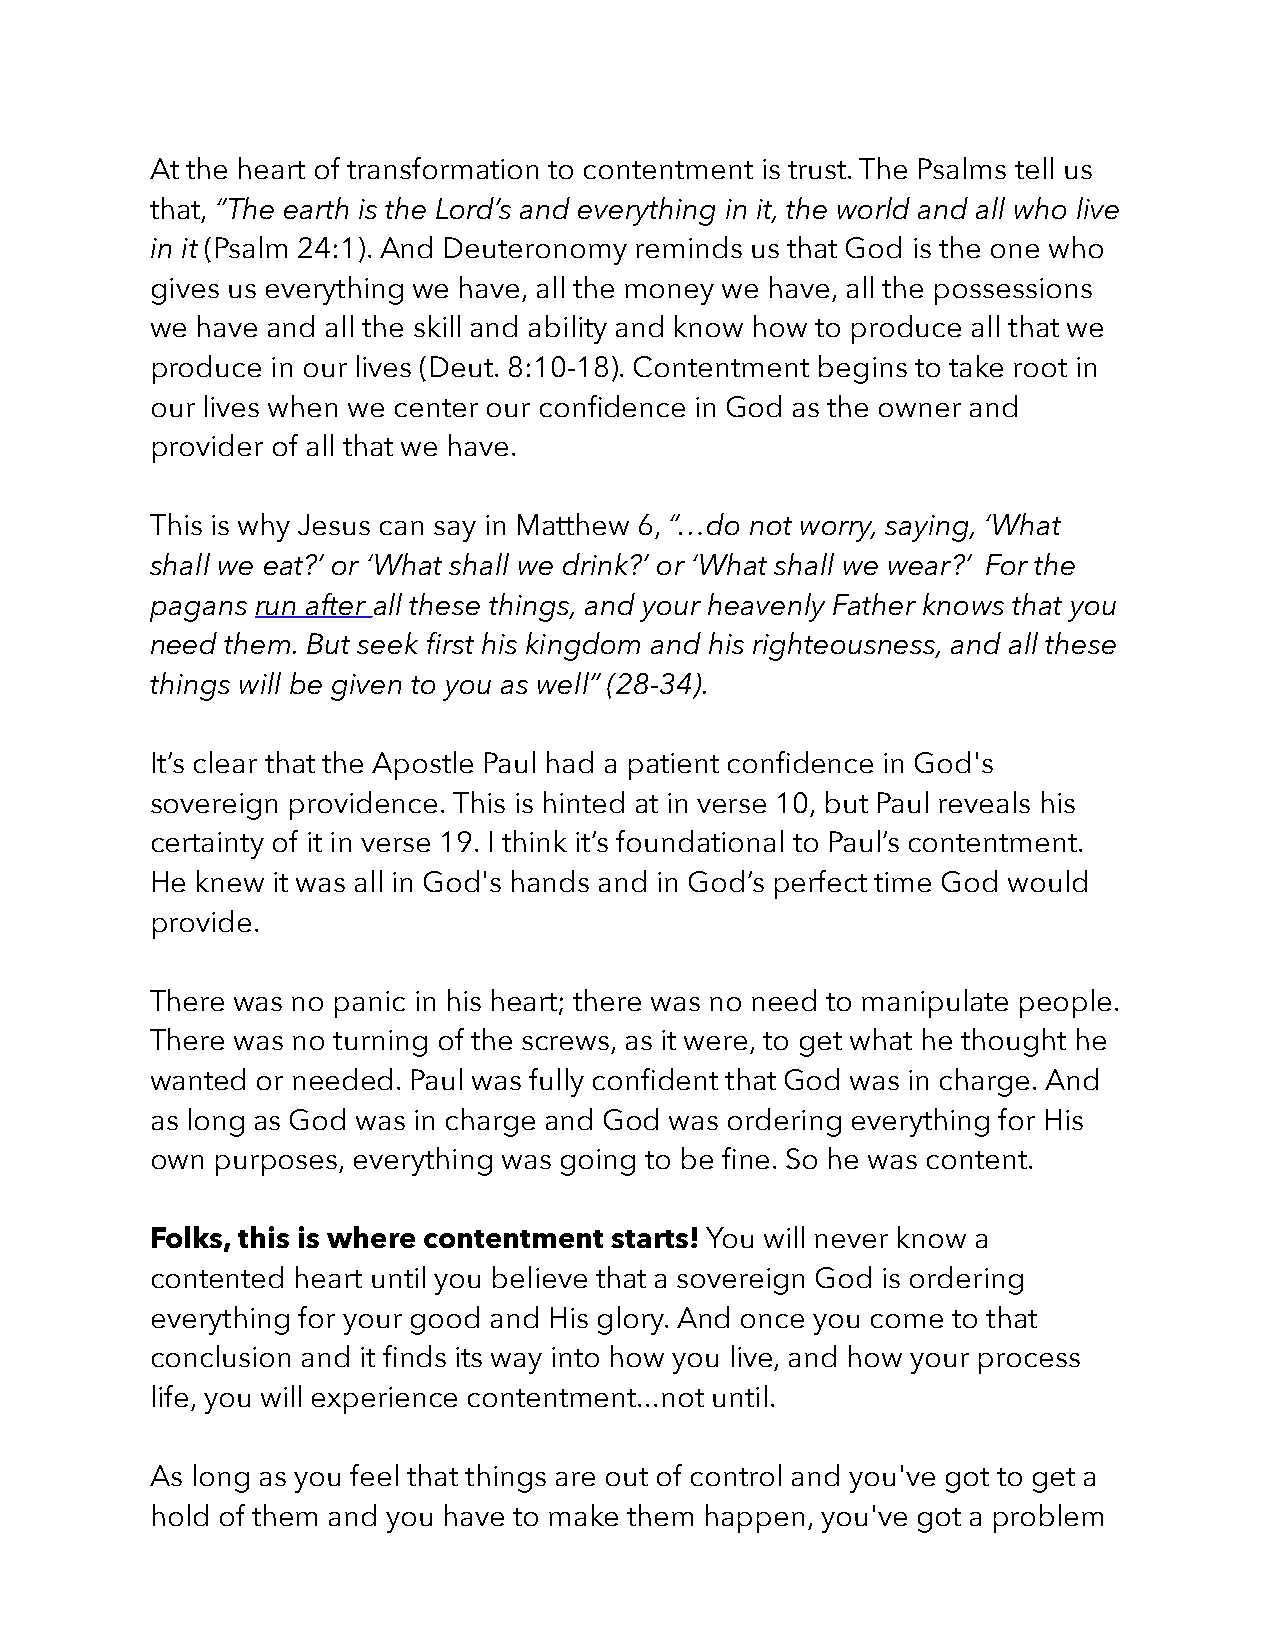
At the heart of transformation to contentment is trust. The Psalms tell us
 that, “The earth is the Lord’s and everything in it, the world and all who live
 in it (Psalm 24:1). And Deuteronomy reminds us that God is the one who
 gives us everything we have, all the money we have, all the possessions
 we have and all the skill and ability and know how to produce all that we
 produce in our lives (Deut. 8:10-18). Contentment begins to take root in
 our lives when we center our confidence in God as the owner and
 provider of all that we have.
 This is why Jesus can say in Matthew 6, “…do not worry, saying, ‘What
 shall we eat?’ or ‘What shall we drink?’ or ‘What shall we wear?’ For the
 pagans run after all these things, and your heavenly Father knows that you
 need them. But seek first his kingdom and his righteousness, and all these
 things will be given to you as well” (28-34).
 It’s clear that the Apostle Paul had a patient confidence in God's
 sovereign providence. This is hinted at in verse 10, but Paul reveals his
 certainty of it in verse 19. I think it’s foundational to Paul’s contentment.
 He knew it was all in God's hands and in God’s perfect time God would
 provide.
 There was no panic in his heart; there was no need to manipulate people.
 There was no turning of the screws, as it were, to get what he thought he
 wanted or needed. Paul was fully confident that God was in charge. And
 as long as God was in charge and God was ordering everything for His
 own purposes, everything was going to be fine. So he was content.
 Folks, this is where contentment starts! You will never know a
 contented heart until you believe that a sovereign God is ordering
 everything for your good and His glory. And once you come to that
 conclusion and it finds its way into how you live, and how your process
 life, you will experience contentment...not until.
 As long as you feel that things are out of control and you've got to get a
 hold of them and you have to make them happen, you've got a problem